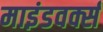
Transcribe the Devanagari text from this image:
माइंडवर्क्स